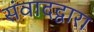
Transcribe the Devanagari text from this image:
संवादद्वारा